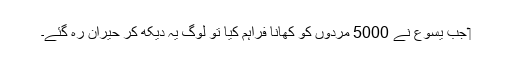
‏ جب یسوع نے 5000 مردوں کو کھانا فراہم کِیا تو لوگ یہ دیکھ کر حیران رہ گئے۔